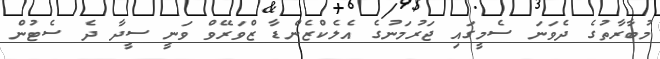
މުބާރާތުގެ ދެވަނަ ސެމީގައި ޖަރުމަނުގެ އެލެކްޒެންޑާ ޒްވަރޭވް ވަނީ ސީދާ ދެ ސެޓުން